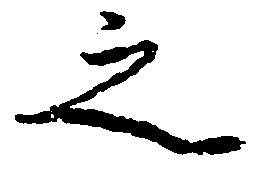
之